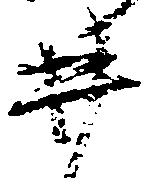
井